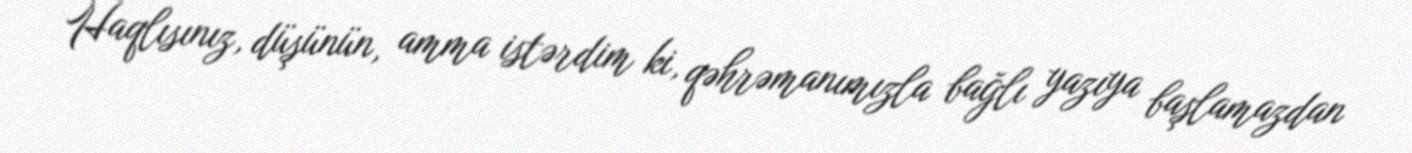
Haqlısınız, düşünün, amma istərdim ki, qəhrəmanımızla bağlı yazıya başlamazdan